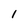
Character: l